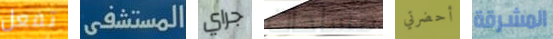
تفعل المستشفى جراي مساحات أحضرتي المشرقة